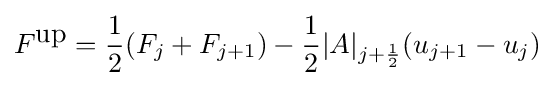
F^{\hbox{up}}={\frac {1}{2}}(F_{j}+F_{j+1})-{\frac {1}{2}}|A|_{j+{\frac {1}{2}}}(u_{j+1}-u_{j})